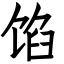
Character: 馅